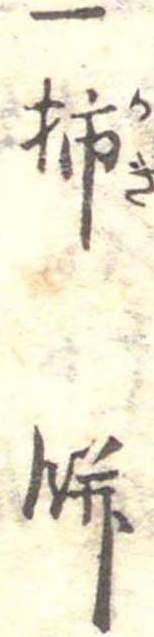
一柿餅